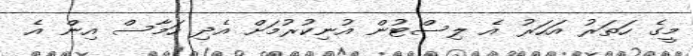
މީގެ ހަތަރު އަހަރު އެ ލިސްޓުން އުނިކުރުމަށް އެދި ހަމާސް އިން އެ